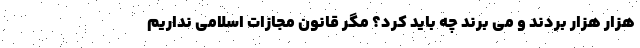
هزار هزار بردند و می برند چه باید کرد؟ مگر قانون مجازات اسلامی نداریم